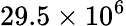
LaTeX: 29.5\times 10^{6}